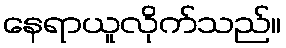
နေရာယူလိုက်သည်။